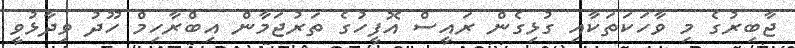
ޖާބިރުގެ މި ވާހަކަތަކާއި ގުޅިގެން ރައީސް އޮފީހުގެ ތަރުޖަމާން އިބްރާހިމް ހޫދު ވިދާޅުވީ